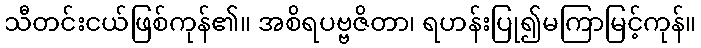
သီတင်းငယ်ဖြစ်ကုန်၏။ အစိရပဗ္ဗဇိတာ၊ ရဟန်းပြု၍မကြာမြင့်ကုန်။